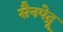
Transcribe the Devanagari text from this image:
सैनपेद्रू